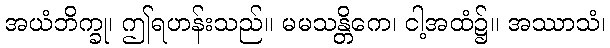
အယံဘိက္ခု၊ ဤရဟန်းသည်။ မမသန္တိကေ၊ ငါ့အထံ၌။ အဿာသံ၊